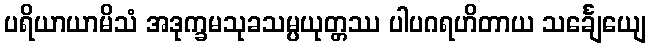
ပရိယာယာမိသံ အဒုက္ခမသုခသမ္ပယုတ္တဿ ပါပဂရဟိတာယ သင်္ချေယျေ